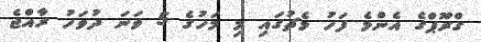
ގްރޫޕްގެ އެންމެ ފަހު މެޗުގައި މި މަހުގެ 5 ވަނަ ދުވަހު ރާއްޖެ